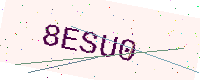
Text: 8ESU0